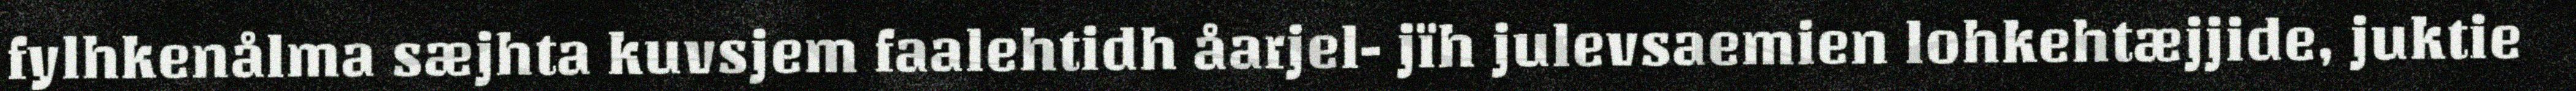
fylhkenålma sæjhta kuvsjem faalehtidh åarjel- jïh julevsaemien lohkehtæjjide, juktie